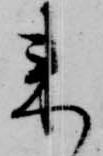
来